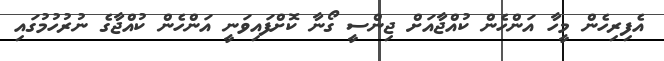
އެފިރިހެން މީހާ އަންހެން ކުއްޖާއަށް ޖިންސީ ގޯނާ ކޮށްފައިވަނީ އަންހެން ކުއްޖާގެ ނުރުހުމުގައި